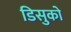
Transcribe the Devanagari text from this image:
डिसुको